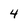
Character: 4